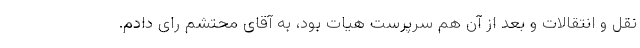
نقل و انتقالات و بعد از آن هم سرپرست هیات بود، به آقای محتشم رای دادم.